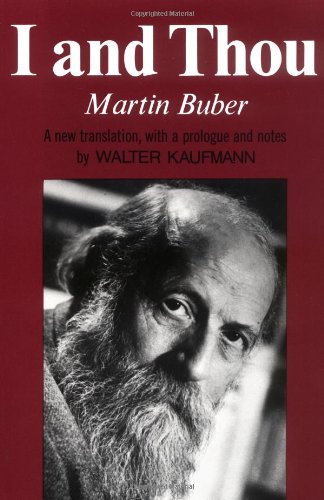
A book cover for I And Thou; Martin Buber; Politics & Social Sciences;